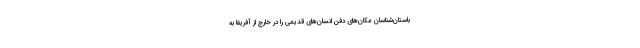
باستان‌شناسان مکان‌های دفن انسان‌های قدیمی را در خارج از آفریقا به